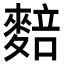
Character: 䴺